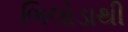
ભિલોડાથી